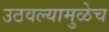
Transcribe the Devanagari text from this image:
उठवल्यामुळेच